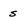
Character: s